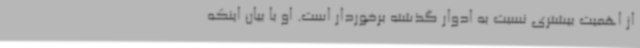
از اهمیت بیشتری نسبت به ادوار گذشته برخوردار است. او با بیان اینکه